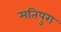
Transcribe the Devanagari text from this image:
मतिपुरा